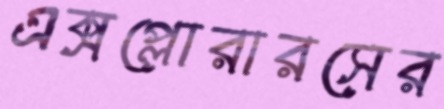
এক্সপ্লোরারসের